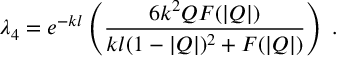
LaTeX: \lambda _ { 4 } = e ^ { - k l } \left( \frac { 6 k ^ { 2 } Q F ( | Q | ) } { k l ( 1 - | Q | ) ^ { 2 } + F ( | Q | ) } \right) \; .